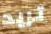
تريد